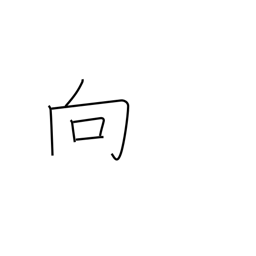
Meaning: approach